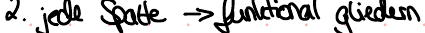
2. jede Spalte -> funktional gliedern